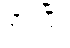
ငှားပြီး